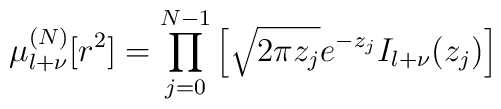
\mu_{l+\nu}^{(N)} [r^{2}]=\prod_{j=0}^{N-1} \left[ \sqrt{2 \pi z_{j}} e^{-z_{j}}I_{l+\nu} (z_{j})\right]\;